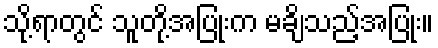
သို့ရာတွင် သူတို့အပြုံးက မချိသည့်အပြုံး။